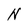
Character: N